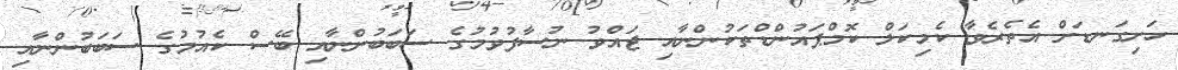
ހަށިގަނޑަށް އެތެރެވާ ކެމިކަލް ކޮމްޕައުންޑްތަކުންނާއި ޖައްވު ނުސާފުވުމުގެ ސަބަބުންނާއި ބޭސް ކެއުމުގެ ސަބަބުންނާއި